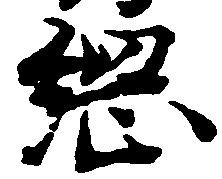
綱